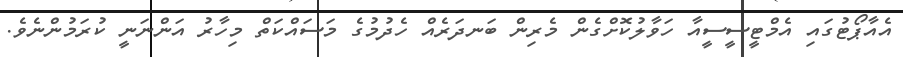
އެއާޕޯޓުގައި އެމްޓީސީސީއާ ހަވާލުކޮށްގެން މެރިން ބަނދަރެއް ހެދުމުގެ މަސައްކަތް މިހާރު އަންނަނީ ކުރަމުންނެވެ.